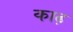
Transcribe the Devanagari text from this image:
काढ़